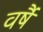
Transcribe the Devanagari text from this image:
वर्षै